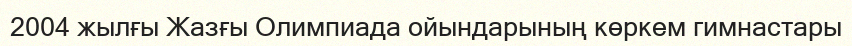
2004 жылғы Жазғы Олимпиада ойындарының көркем гимнастары